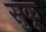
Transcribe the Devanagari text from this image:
सुकू